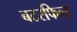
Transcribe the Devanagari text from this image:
बटरफिल्ड